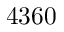
4 3 6 0